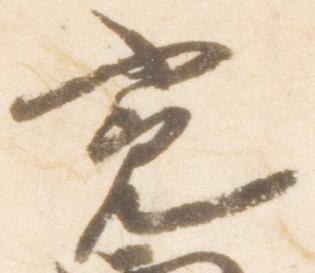
寛